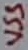
Text: VSS